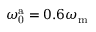
\omega _ { \mathrm { 0 } } ^ { \mathrm { a } } = 0 . 6 \omega _ { \mathrm { m } }